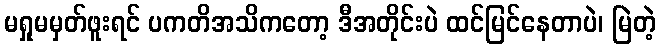
မရှုမမှတ်ဖူးရင် ပကတိအသိကတော့ ဒီအတိုင်းပဲ ထင်မြင်နေတာပဲ၊ မြဲတဲ့